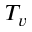
T _ { v }